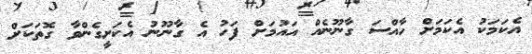
އެކަމަކު އެކަމަށް ހާއްސަ ގާނޫނެއް އައުމަށް ފަހު އެ ގާނޫނު އެކަށީގެންވާ ގޮތަކަށް